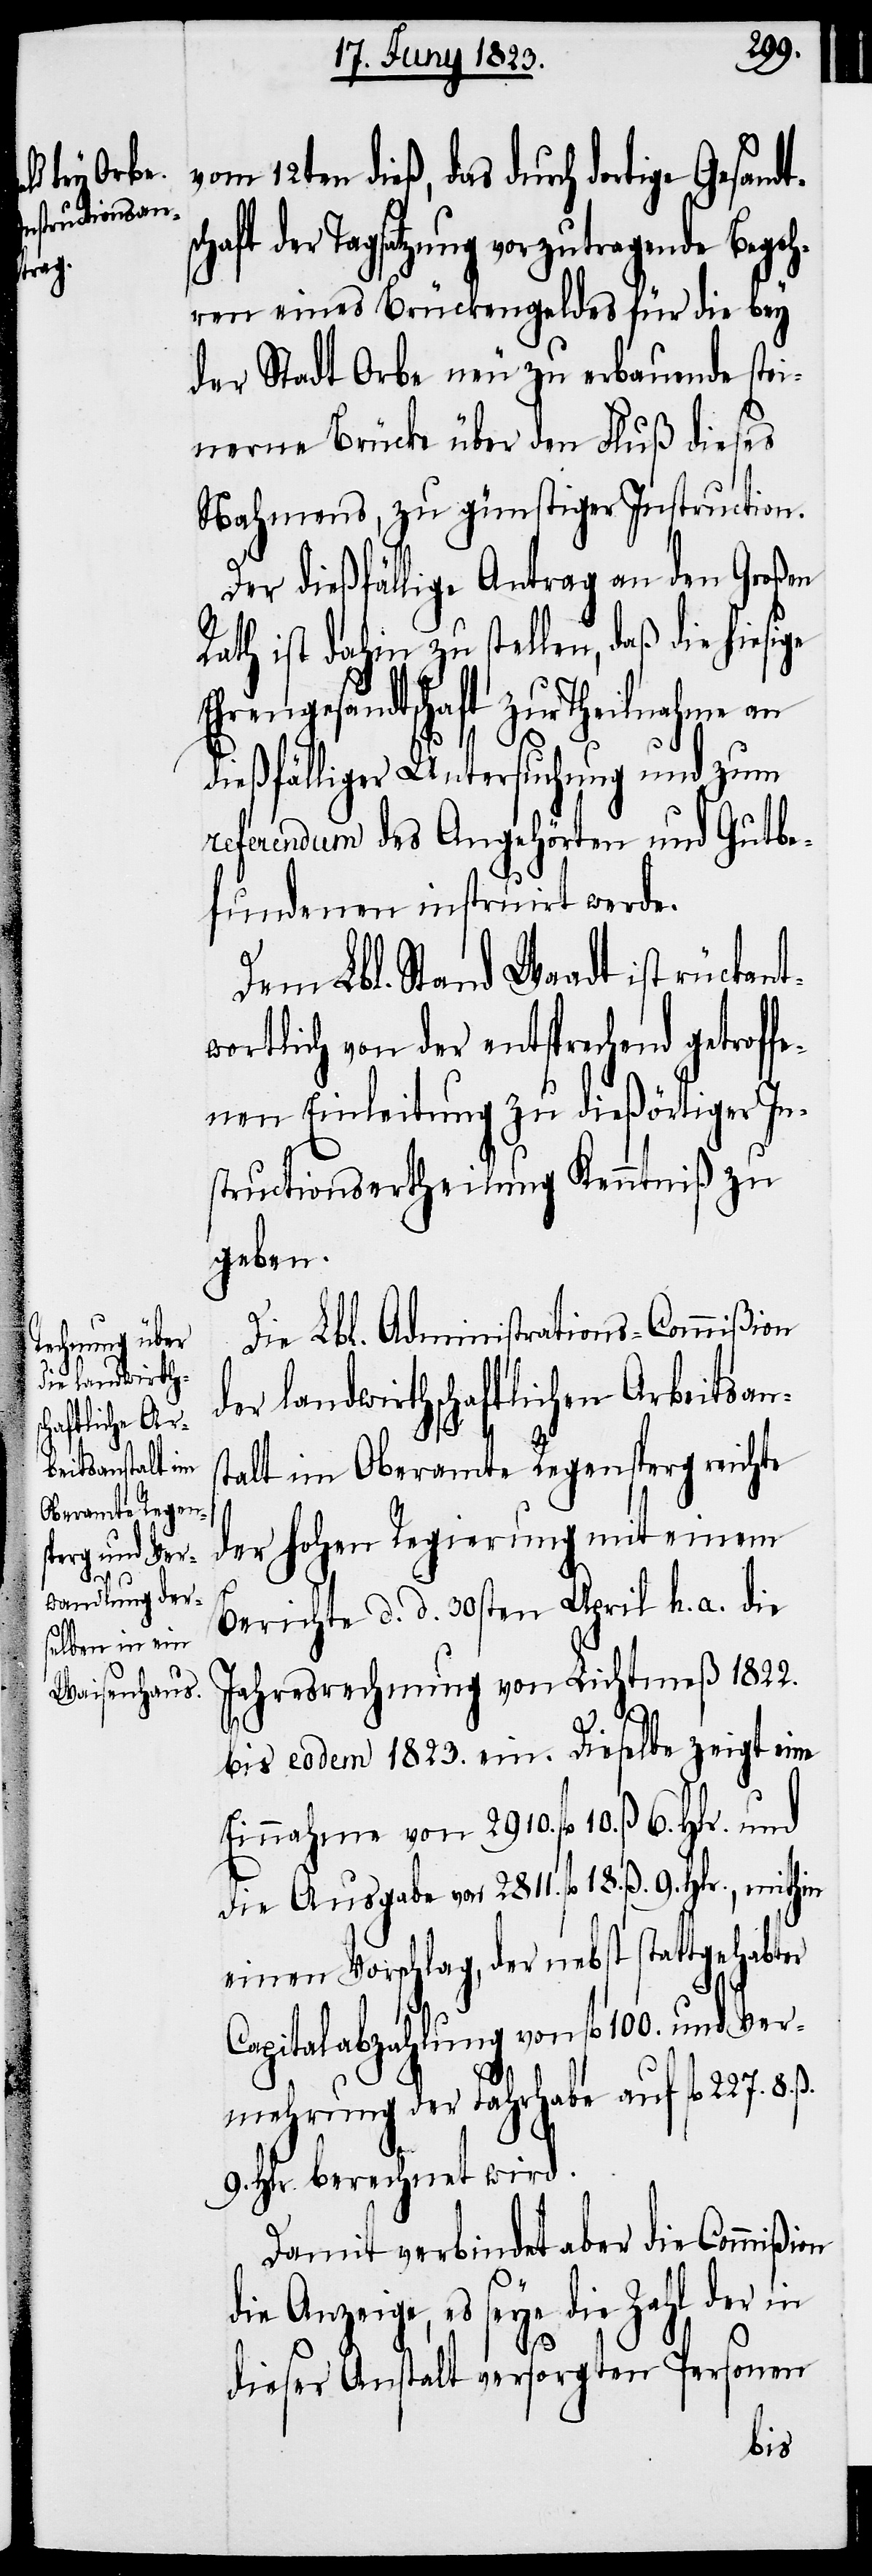
satzung vorzutragende Begeh¬
ren eines Brückengeldes für die bey
der Stadt Orbe neu zu erbauende stei¬
nerne Brücke über den Fluß dieses
Nahmens, zu günstiger Instruction.
Der dießfällige Antrag an den Großen
Rath ist dahin zu stellen, daß die hiesige
Ehrengesandtschaft zur Theilnahme an
dießfälliger Untersuchung und zum
referendum des angehörten und Gutbe¬
fundenen instruirt werde.
Dem Lbl. Stand Waadt ist rückant¬
wortlich von der entsprechend getroff¬
enen Einleitung zu dießörtiger In¬
structionsertheilung Kenntniß zu
geben.
Die Lbl. Administrations-Commißion
der landwirthschaftlichen Arbeitsans¬
talt im Oberamte Regensperg reichte
der hohen Regierung mit einem
Berichte d. d. 30sten April h. a. die
Jahresrechnung von Lichtmeß 1822.
bis eodem 1823. ein. Dieselbe zeigt eine
Einnahme von 2910. fl. 10. ß. 6. Hlr.
die Ausgabe von 2811. fl. 18. ß. 9. Hlr., mithin
einen Vorschlag, der nebst stattgehabter
Capitalabzahlung von fl. 100. und Ver¬
mehrung der Fahrhabe auf fl. 227. 8.
9. Hlr. berechnet wird.
Damit verbindet aber die Commißion
Anzeige, es seye die Zahl der in
dieser Anstalt versorgten Personen